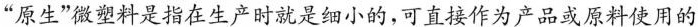
“原生”微塑料是指在生产时就是细小的，可直接作为产品或原料使用的